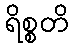
ရိစ္စတိ